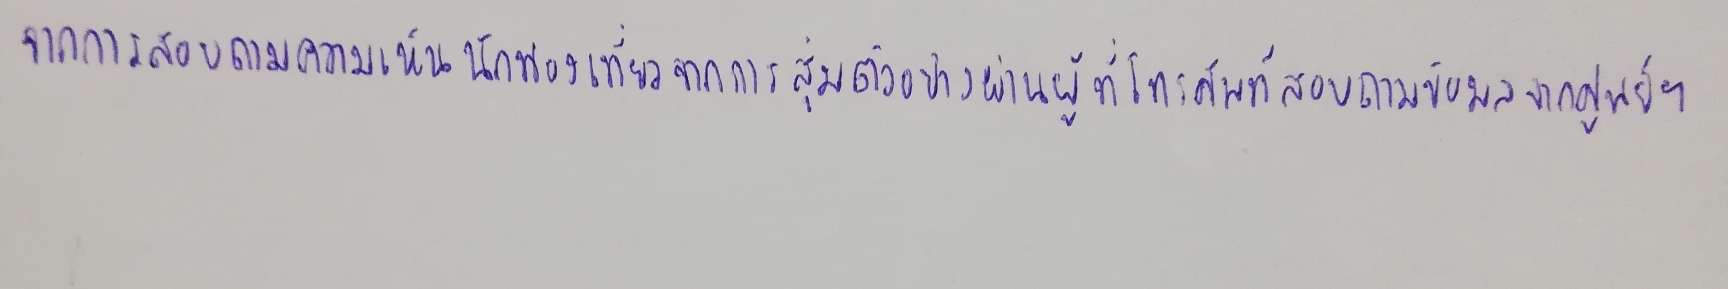
จากการสอบถามความเห็นนักท่องเที่ยวจากการสุ่มตัวอย่างผ่านผู้ที่โทรศัพท์สอบถามข้อมูลจากศูนย์ฯ